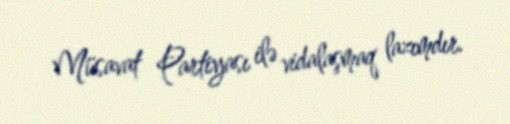
Müsavat Partiyası ilə vidalaşmaq lazımdır.